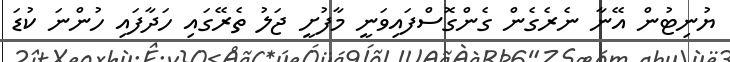
ޔުނިޓުން އޭނާ ނެރެގެން ގެންގޮސްފައިވަނީ މާފުށީ ޖަލު ތެރޭގައި ހަދާފައި ހުންނަ ކުޑަ